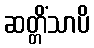
ဆတ္တိံသာပိ